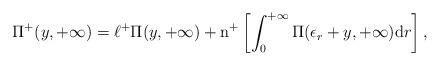
LaTeX: \begin{align*}\Pi^{+}(y,+\infty)=\ell^+\Pi(y,+\infty)+{\rm n}^{+}\left[\int_{0}^{+\infty}\Pi(\epsilon_{r}+y,+\infty){\rm d}r\right],\end{align*}